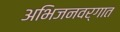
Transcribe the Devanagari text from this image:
अभिजनवर्गात